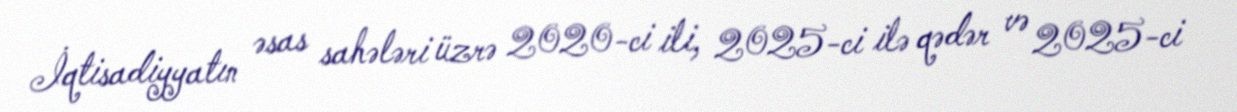
İqtisadiyyatın əsas sahələri üzrə 2020-ci ili, 2025-ci ilə qədər və 2025-ci